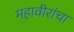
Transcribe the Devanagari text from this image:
महावीरांचा